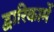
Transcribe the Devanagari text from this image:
द्वारिकामें